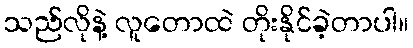
သည်လိုနဲ့ လူတောထဲ တိုးနိုင်ခဲ့တာပါ။